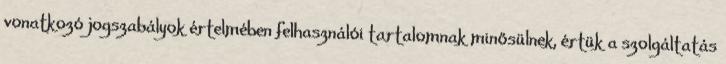
vonatkozó jogszabályok értelmében felhasználói tartalomnak minősülnek, értük a szolgáltatás